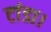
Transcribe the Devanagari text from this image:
टांडा।